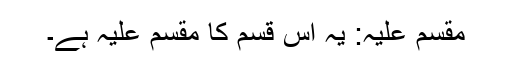
مقسم علیہ: یہ اس قسم کا مقسم علیہ ہے۔